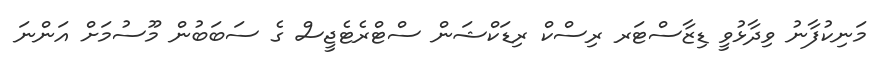
މަނިކުފާނު ވިދާޅުވީ ޑިޒާސްޓަރ ރިސްކް ރިޑަކްޝަން ސްޓްރެޓެޖީސް ގެ ސަބަބުން މޫސުމަށް އަންނަ